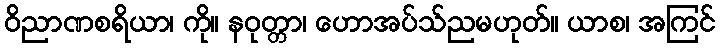
ဝိညာဏစရိယာ၊ ကို။ နဝုတ္တာ၊ ဟောအပ်သ်ညမဟုတ်။ ယာစ၊ အကြင်